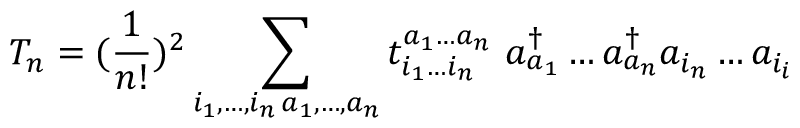
T _ { n } = ( \frac { 1 } { n ! } ) ^ { 2 } \sum _ { \substack { i _ { 1 } , \dots , i _ { n } \, a _ { 1 } , \dots , a _ { n } } } t _ { i _ { 1 } \dots i _ { n } } ^ { a _ { 1 } \dots a _ { n } } \, \, a _ { a _ { 1 } } ^ { \dag } \dots a _ { a _ { n } } ^ { \dag } a _ { i _ { n } } \dots a _ { i _ { i } }